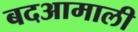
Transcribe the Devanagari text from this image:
बदआमाली